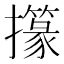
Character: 𢸢